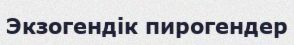
Экзогендік пирогендер